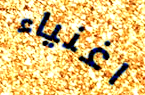
اغنياء